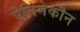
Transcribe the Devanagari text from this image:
ऐनिमेकौन